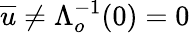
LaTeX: \overline{{u}}\ne\Lambda_{o}^{-1}(0)=0